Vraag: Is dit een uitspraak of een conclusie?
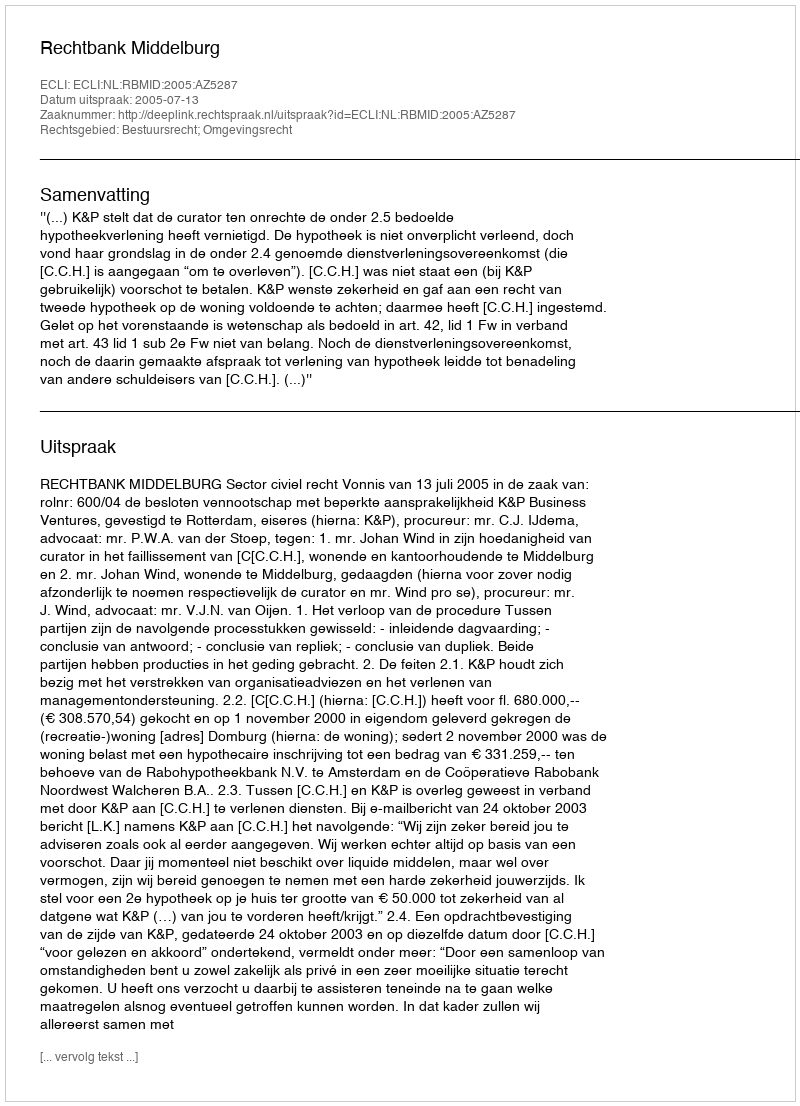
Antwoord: Uitspraak